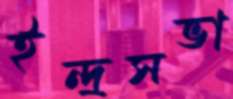
ইন্দ্রসভা